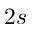
2 s